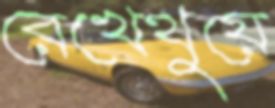
রেখেথুয়ে